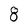
Character: 8